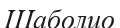
Шаболио